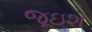
જૂઇશ